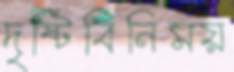
দৃষ্টিবিনিময়